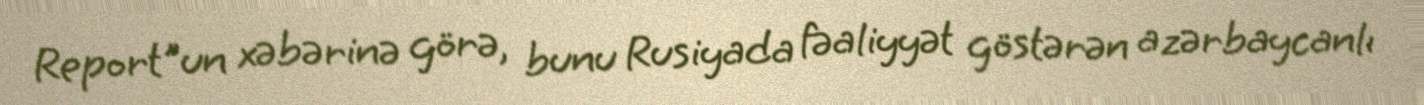
Report"un xəbərinə görə, bunu Rusiyada fəaliyyət göstərən azərbaycanlı